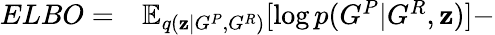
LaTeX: \begin{array}{rl}{ELBO=}&{{}\mathbb{E}_{q(\mathbf{z}|G^{P},G^{R})}[\log p(G^{P}|G^{R},\mathbf{z})]-}\end{array}